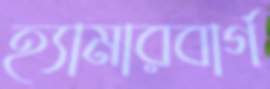
হ্যামারবার্গ